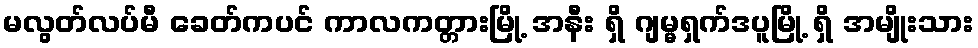
မလွတ်လပ်မီ ခေတ်ကပင် ကာလကတ္တားမြို့ အနီး ရှိ ဂျမ္မရှက်ဒပူမြို့ ရှိ အမျိုးသား